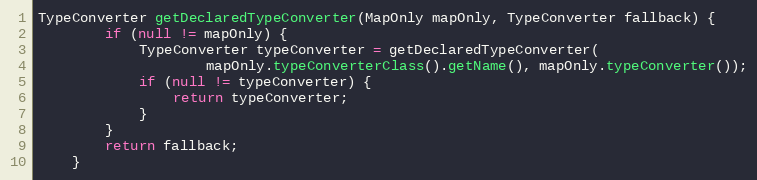
Language: Java
TypeConverter getDeclaredTypeConverter(MapOnly mapOnly, TypeConverter fallback) {
        if (null != mapOnly) {
            TypeConverter typeConverter = getDeclaredTypeConverter(
                    mapOnly.typeConverterClass().getName(), mapOnly.typeConverter());
            if (null != typeConverter) {
                return typeConverter;
            }
        }
        return fallback;
    }